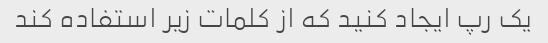
یک رپ ایجاد کنید که از کلمات زیر استفاده کند